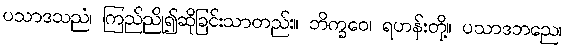
ပသာဒသညံ၊ ကြည်ညို၍ဆိုခြင်းသာတည်း။ ဘိက္ခဝေ၊ ရဟန်းတို့။ ပသာဒဘညေ၊